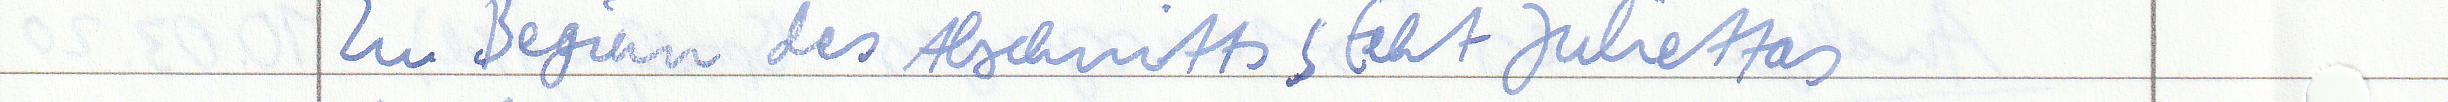
Zu Beginn des Abschnitts steht Juliettas